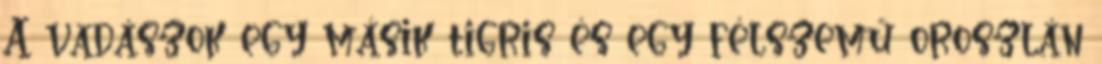
A vadászok egy másik tigris és egy félszemű oroszlán